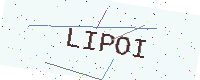
Text: LIPOI